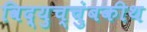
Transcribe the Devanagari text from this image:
विद्युच्चुंबकीथ